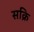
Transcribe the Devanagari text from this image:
सक्रि